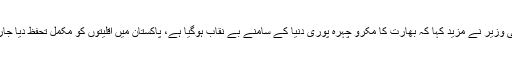
صوبائی وزیر نے مزید کہا کہ بھارت کا مکرو چہرہ پوری دنیا کے سامنے بے نقاب ہوگیا ہے، پاکستان میں اقلیتوں کو مکمل تحفظ دیا جارہا ہے۔